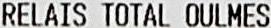
RELAIS TOTAL OULMES